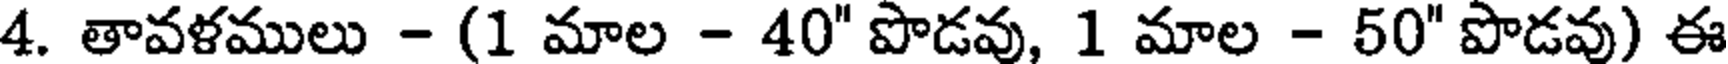
4. తావళములు - (1 మాల - 40" పొడవు, 1 మాల - 50" పొడవు) ఈ